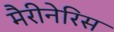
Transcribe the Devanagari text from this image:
मैरीनेरिस